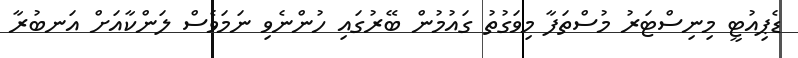
ޑެޕިއުޓީ މިނިސްޓަރު މުސްތަފާ މިވަގުތު ގައުމުން ބޭރުގައި ހުންނެވި ނަމަވެސް ލަންކާއަށް އަނބުރާ